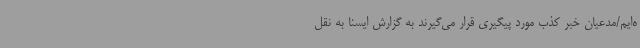
ه‌ایم/مدعیان خبر کذب مورد پیگیری قرار می‌گیرند به گزارش ایسنا به نقل